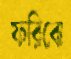
ফরিবো